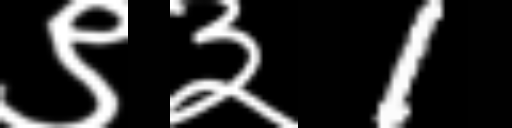
Text: ९३1